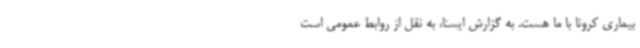
بیماری کرونا با ما هست. به گزارش ایسنا، به نقل از روابط عمومی است